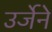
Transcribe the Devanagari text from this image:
उर्जेने